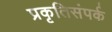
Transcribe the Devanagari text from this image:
प्रकृतिसंपर्क